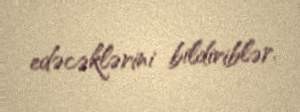
edəcəklərini bildiriblər.